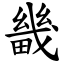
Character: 畿